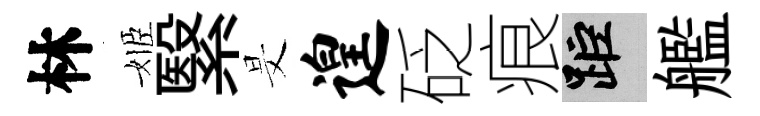
林姬繄旻遑砭痕距艦